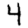
Digit: 4